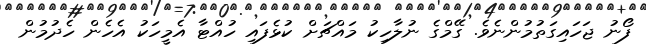
ފޯނު ޖަހައިގަތުމުންނެވެ. ގޭމްގެ ނުލާހިކު މައްޗަށް ކުޅެފައި ހުއްޓާ އެމީހަކު އެހެން ހެދުމުން